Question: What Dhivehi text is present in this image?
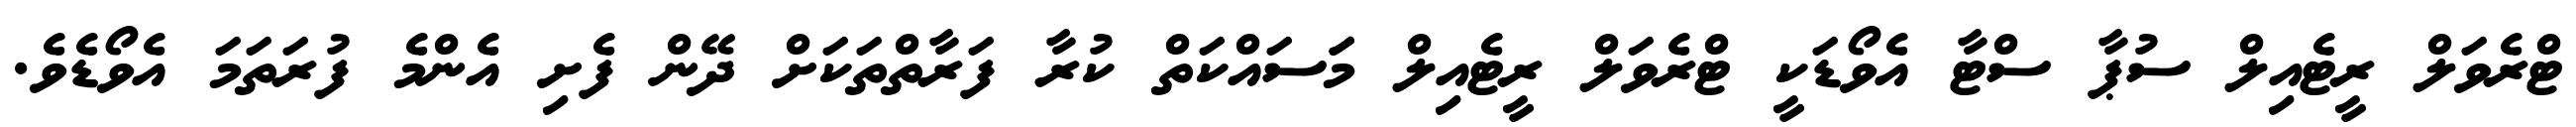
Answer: ޓްރެވަލް ރީޓެއިލް ސުޕާ ސްޓާ އެވޯޑަކީ ޓްރެވަލް ރީޓެއިލް މަަސައްކަތް ކުރާ ފަރާތްތަކަށް ދޭން ފެށި އެންމެ ފުރަތަމަ އެވޯޑެވެ.